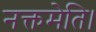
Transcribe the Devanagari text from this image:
नक्तमेति।